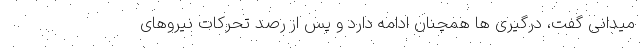
میدانی گفت، درگیری ها همچنان ادامه دارد و پس از رصد تحرکات نیروهای